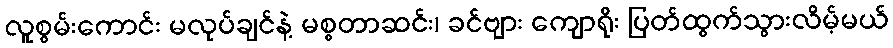
လူစွမ်းကောင်း မလုပ်ချင်နဲ့ မစ္စတာဆင်း၊ ခင်ဗျား ကျောရိုး ပြတ်ထွက်သွားလိမ့်မယ်